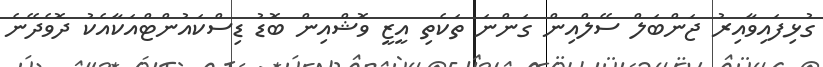
ގުޅިފައިވާއިރު ޖަންބަލް ސޭލްއިން ގަންނަ ތަކެތި އީޒީ ވޮޝްއިން ބޮޑު ޑިސްކައުންޓްއަކާއެކު ދޮވެދޭނެ